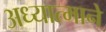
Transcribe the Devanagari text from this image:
अध्यात्माने